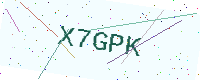
Text: X7GPK